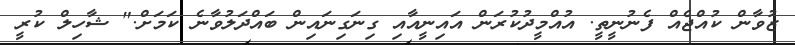
ޒުވާން ކުއްޖެއް ފެނުނީތީ. އުއްމީދުކުރަން އައިނީއާއި ގިނަގިނައިން ބައްދަލުވާނެ ކަމަށް." ޝާހިލް ކުރީ